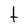
Character: t